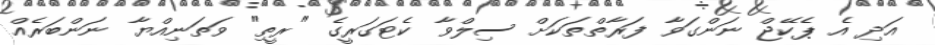
އަދި އެ ޕެކޭޖް ނަންގަވާ ފަރާތްތަކަށް ސިލްވާ ކެޓަގަރީގެ "ރީތި" ވަތަނިއްޔާ ނަންބަރެއް